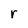
Character: r